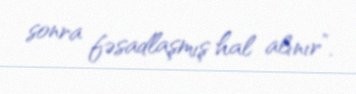
sonra fəsadlaşmış hal alınır”.